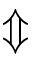
\Updownarrow